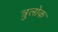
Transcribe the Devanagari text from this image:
त्रुलोक